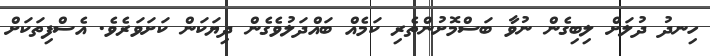
ހިނދު ދުލަށް ލިބިގެން ނުވާ ބަސްމޮށުންތެރި ކަމެއް ބައްދަލުވެގެން ދިޔަކަން ކަށަވަރެވެ. އެސްފިތަކަށް